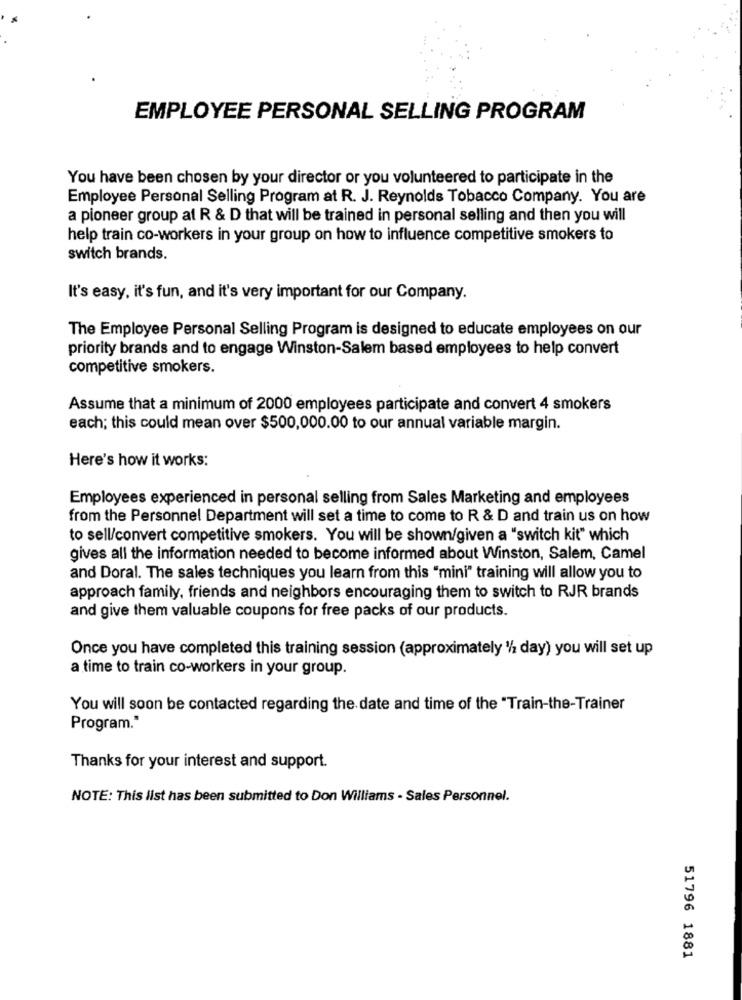
EMPLOYEE PERSONAL SELLING PROGRAM
You have been chosen by your director or you volunteered to participate in the
Employee Personal Selling Program at R. J. Reynolds Tobacco Company. You are
a pioneer group at R & D that will be trained in personal selling and then you will
help train co-workers in your group on how to influence competitive smokers to
switch brands.
It's easy, it's fun, and it's very important for our Company.
The Employee Personal Selling Program is designed to educate employees on our
priority brands and to engage Winston-Salem based employees to help convert
competitive smokers.
Assume that a minimum of 2000 employees participate and convert 4 smokers
each; this could mean over $500,000.00 to our annual variable margin.
Here's how it works:
Employees experienced in personal selling from Sales Marketing and employees
from the Personnel Department will set a time to come to R & D and train us on how
to sell/convert competitive smokers. You will be shown/given a "switch kit" which
gives all the information needed to become informed about Winston, Salem, Camel
and Doral. The sales techniques you learn from this "mini" training will allow you to
approach family, friends and neighbors encouraging them to switch to RJR brands
and give them valuable coupons for free packs of our products.
Once you have completed this training session (approximately '/ day) you will set up
a time to train co-workers in your group.
You will soon be contacted regarding the date and time of the "Train-the-Trainer
Program."
Thanks for your interest and support.
NOTE: This list has been submitted to Don Williams - Sales Personnel.
51796 1881